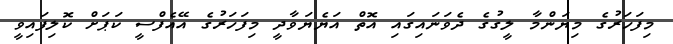
މިފަހަރުގެ މިޔަންމާ ލީގުގެ ދެވަނައިގައި އޮތް އަޔެޔަވާދީ މިފަހަރުގެ އޭއެފްސީ ކަޕަށް ކޮލިފައިވީ